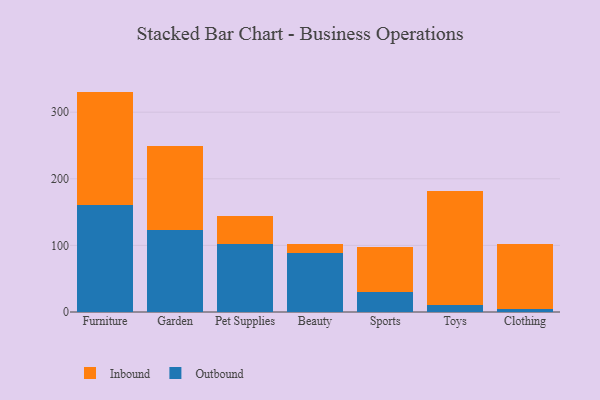
{"axis": {"x": "Category", "y": "Budget (USD K)"}, "legend": ["Inbound", "Outbound"], "data": [{"x": "Furniture", "y": 160.7, "type": "Outbound"}, {"x": "Furniture", "y": 170.2, "type": "Inbound"}, {"x": "Garden", "y": 123.3, "type": "Outbound"}, {"x": "Garden", "y": 126.0, "type": "Inbound"}, {"x": "Pet Supplies", "y": 102.7, "type": "Outbound"}, {"x": "Pet Supplies", "y": 41.1, "type": "Inbound"}, {"x": "Beauty", "y": 88.3, "type": "Outbound"}, {"x": "Beauty", "y": 13.5, "type": "Inbound"}, {"x": "Sports", "y": 30.4, "type": "Outbound"}, {"x": "Sports", "y": 67.7, "type": "Inbound"}, {"x": "Toys", "y": 11.2, "type": "Outbound"}, {"x": "Toys", "y": 169.9, "type": "Inbound"}, {"x": "Clothing", "y": 5.2, "type": "Outbound"}, {"x": "Clothing", "y": 97.2, "type": "Inbound"}]}